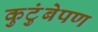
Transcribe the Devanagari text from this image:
कुटुंबेपण